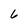
Character: 6